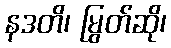
နဒတိ၊ မြွတ်ဆို၊